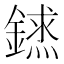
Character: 𨫨